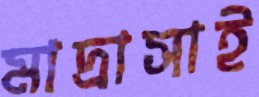
মাদ্রাসাই